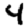
Digit: 4